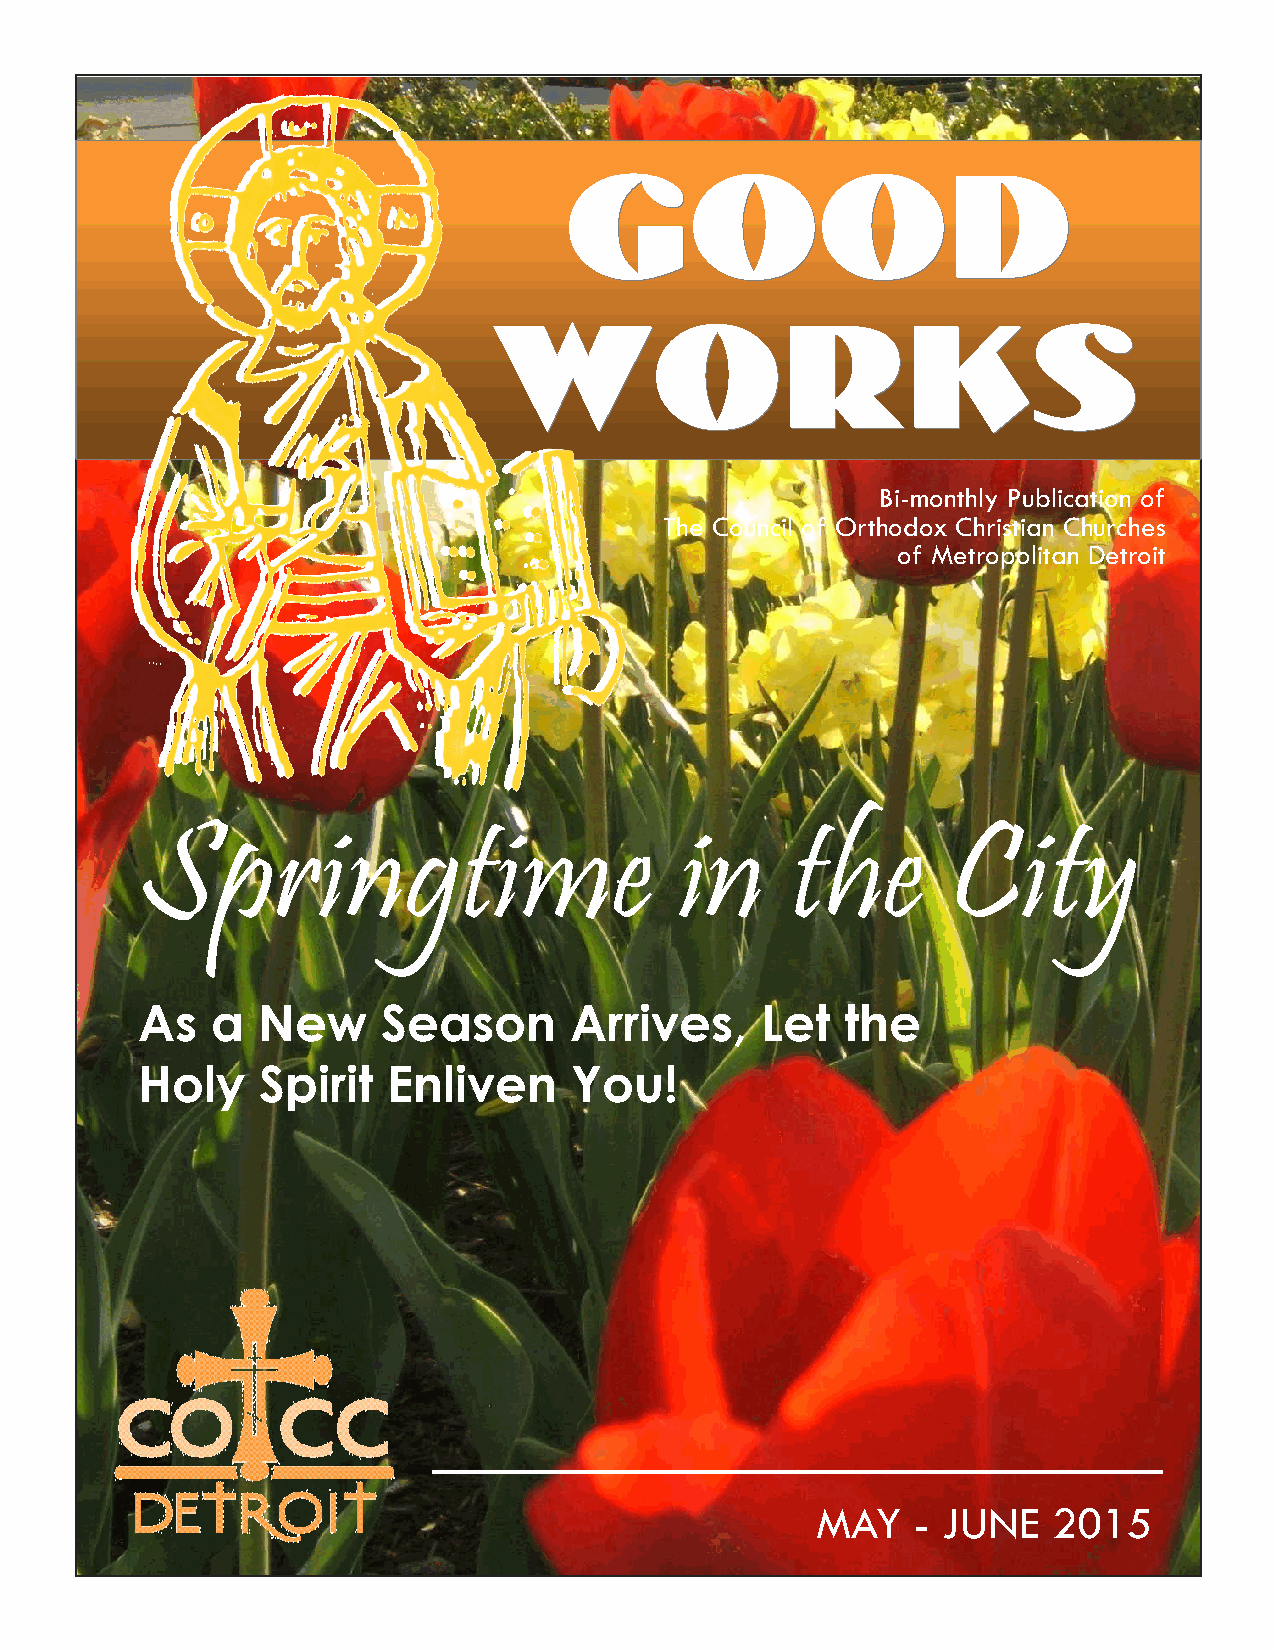
GGGOOOOOODDD
 WWWOOORRRKKKSSS
 Bi-monthly Publication of
 The Council of Orthodox Christian Churches
 of Metropolitan Detroit
 Springtime                          in     the        City
 As   a  New     Season       Arrives,    Let   the
 Holy    Spirit   Enliven     You!
 MAY    - JUNE   2015